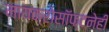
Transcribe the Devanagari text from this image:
मायक्रोसॉफ्टनेही